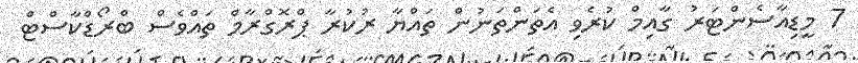
7 މީޑިއާސެންޓަރު ގާއިމް ކުރެވި އެތަންތަނުން ތައްޔާ ރުކުރާ ޕްރޮގްރާމް ތައްވެސް ބްރޯޑްކާސްޓް